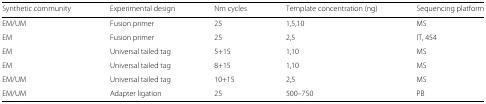
<table><thead><tr><td><b>Synthetic community</b></td><td><b>Experimental design</b></td><td><b>Nm cycles</b></td><td><b>Template concentration (ng)</b></td><td><b>Sequencing platform</b></td></tr></thead><tbody><tr><td>EM/UM</td><td>Fusion primer</td><td>25</td><td>1,5,10</td><td>MS</td></tr><tr><td>EM</td><td>Fusion primer</td><td>25</td><td>2,5</td><td>IT, 454</td></tr><tr><td>EM</td><td>Universal tailed tag</td><td>5+15</td><td>1,10</td><td>MS</td></tr><tr><td>EM</td><td>Universal tailed tag</td><td>8+15</td><td>1,10</td><td>MS</td></tr><tr><td>EM/UM</td><td>Universal tailed tag</td><td>10+15</td><td>2,5</td><td>MS</td></tr><tr><td>EM/UM</td><td>Adapter ligation</td><td>25</td><td>500–750</td><td>PB</td></tr></tbody></table>